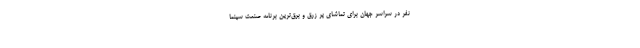
نفر در سراسر جهان برای تماشای پر زرق و برق‌ترین برنامه صنعت سینما